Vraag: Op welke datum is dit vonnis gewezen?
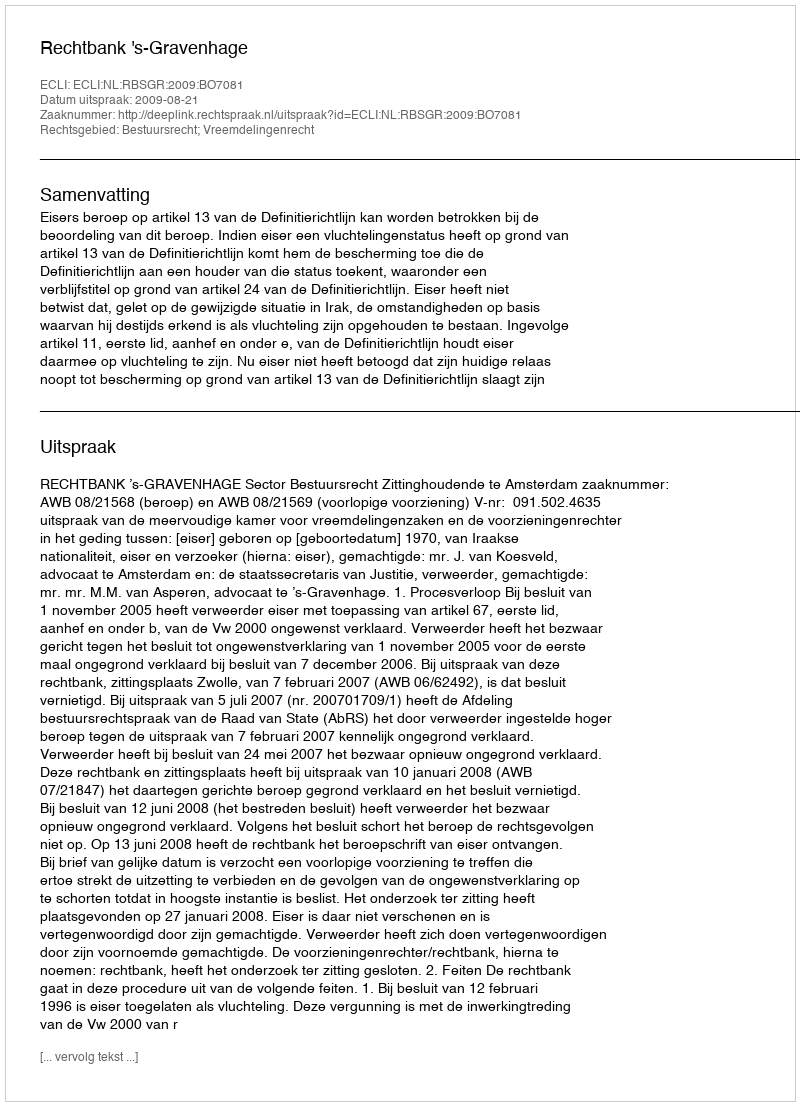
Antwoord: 2009-08-21